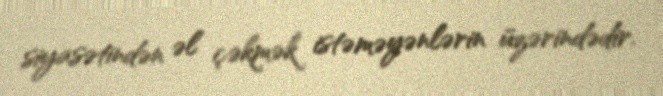
siyasətindən əl çəkmək istəməyənlərin üzərindədir.